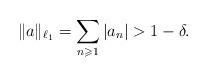
LaTeX: \begin{align*}\| a\|_{\ell_{1}} = \sum_{n \geqslant 1}{|a_{n}|} > 1 - \delta.\end{align*}